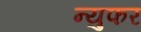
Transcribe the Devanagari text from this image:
न्युफर